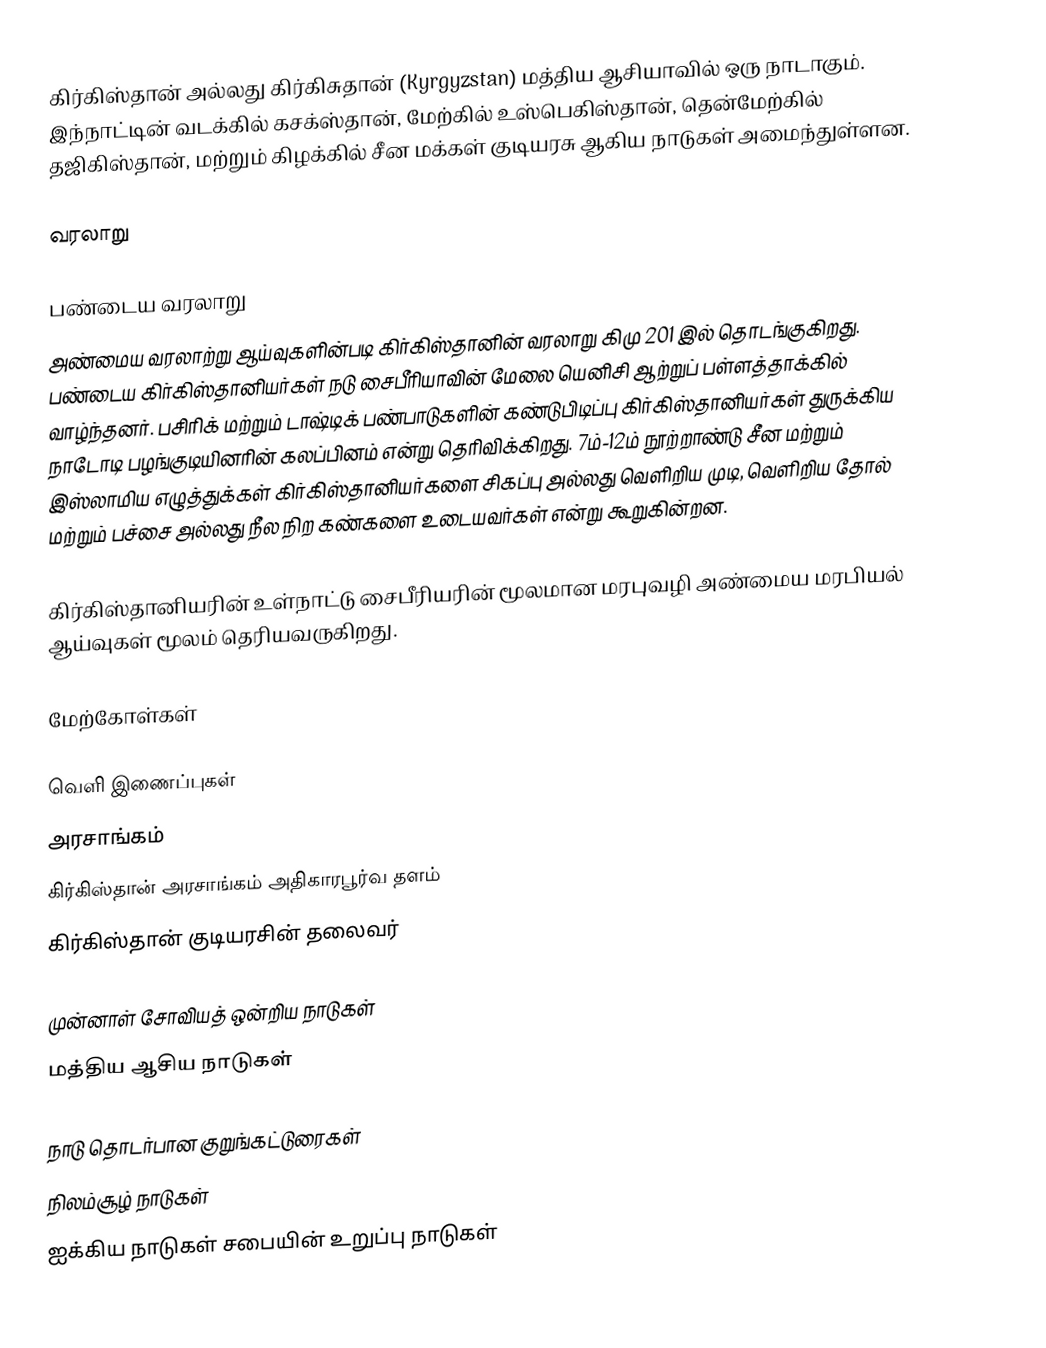
கிர்கிஸ்தான் அல்லது கிர்கிசுதான் (Kyrgyzstan) மத்திய ஆசியாவில் ஒரு நாடாகும். இந்நாட்டின் வடக்கில் கசக்ஸ்தான், மேற்கில் உஸ்பெகிஸ்தான், தென்மேற்கில் தஜிகிஸ்தான், மற்றும் கிழக்கில் சீன மக்கள் குடியரசு ஆகிய நாடுகள் அமைந்துள்ளன.

வரலாறு

பண்டைய வரலாறு
அண்மைய வரலாற்று ஆய்வுகளின்படி கிர்கிஸ்தானின் வரலாறு கிமு 201 இல் தொடங்குகிறது. பண்டைய கிர்கிஸ்தானியர்கள் நடு சைபீரியாவின் மேலை யெனிசி ஆற்றுப் பள்ளத்தாக்கில் வாழ்ந்தனர். பசிரிக் மற்றும் டாஷ்டிக் பண்பாடுகளின் கண்டுபிடிப்பு கிர்கிஸ்தானியர்கள் துருக்கிய நாடோடி பழங்குடியினரின் கலப்பினம் என்று தெரிவிக்கிறது. 7ம்-12ம் நூற்றாண்டு சீன மற்றும் இஸ்லாமிய எழுத்துக்கள் கிர்கிஸ்தானியர்களை சிகப்பு அல்லது வெளிறிய முடி, வெளிறிய தோல் மற்றும் பச்சை அல்லது நீல நிற கண்களை உடையவர்கள் என்று கூறுகின்றன.

கிர்கிஸ்தானியரின் உள்நாட்டு சைபீரியரின் மூலமான மரபுவழி அண்மைய மரபியல் ஆய்வுகள் மூலம் தெரியவருகிறது.

மேற்கோள்கள்

வெளி இணைப்புகள்
அரசாங்கம்
 கிர்கிஸ்தான் அரசாங்கம் அதிகாரபூர்வ தளம்
 கிர்கிஸ்தான் குடியரசின் தலைவர்

முன்னாள் சோவியத் ஒன்றிய நாடுகள்
மத்திய ஆசிய நாடுகள்

நாடு தொடர்பான குறுங்கட்டுரைகள்
நிலம்சூழ் நாடுகள்
ஐக்கிய நாடுகள் சபையின் உறுப்பு நாடுகள்